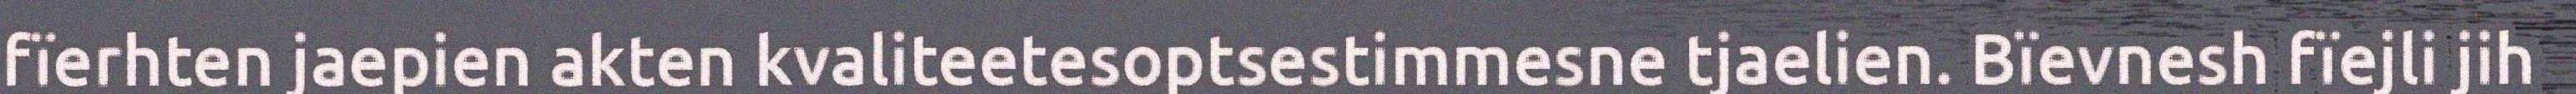
fïerhten jaepien akten kvaliteetesoptsestimmesne tjaelien. Bïevnesh fïejli jih